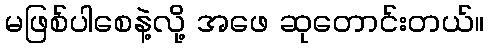
မဖြစ်ပါစေနဲ့လို့ အဖေ ဆုတောင်းတယ်။